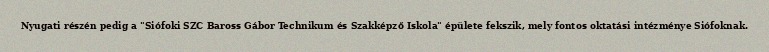
Nyugati részén pedig a "Siófoki SZC Baross Gábor Technikum és Szakképző Iskola" épülete fekszik, mely fontos oktatási intézménye Siófoknak.